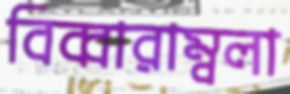
বিব্বারাম্বলা